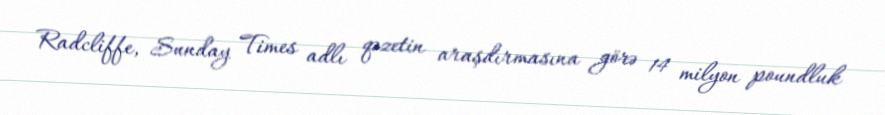
Radcliffe, Sunday Times adlı qəzetin araşdırmasına görə 14 milyon poundluk